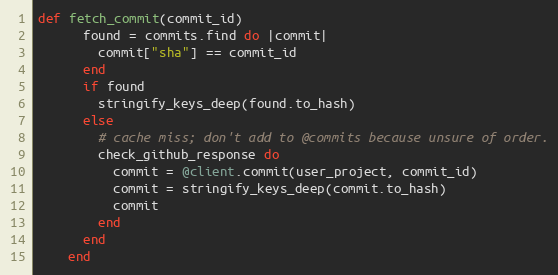
Language: Ruby
def fetch_commit(commit_id)
      found = commits.find do |commit|
        commit["sha"] == commit_id
      end
      if found
        stringify_keys_deep(found.to_hash)
      else
        # cache miss; don't add to @commits because unsure of order.
        check_github_response do
          commit = @client.commit(user_project, commit_id)
          commit = stringify_keys_deep(commit.to_hash)
          commit
        end
      end
    end